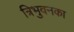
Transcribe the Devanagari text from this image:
त्रिभुवनका